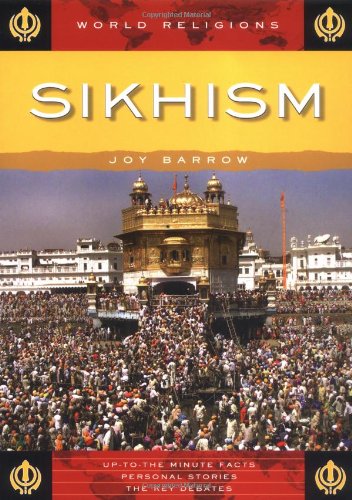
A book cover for Sikhism (World Religions); Joy Barrow; Children's Books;